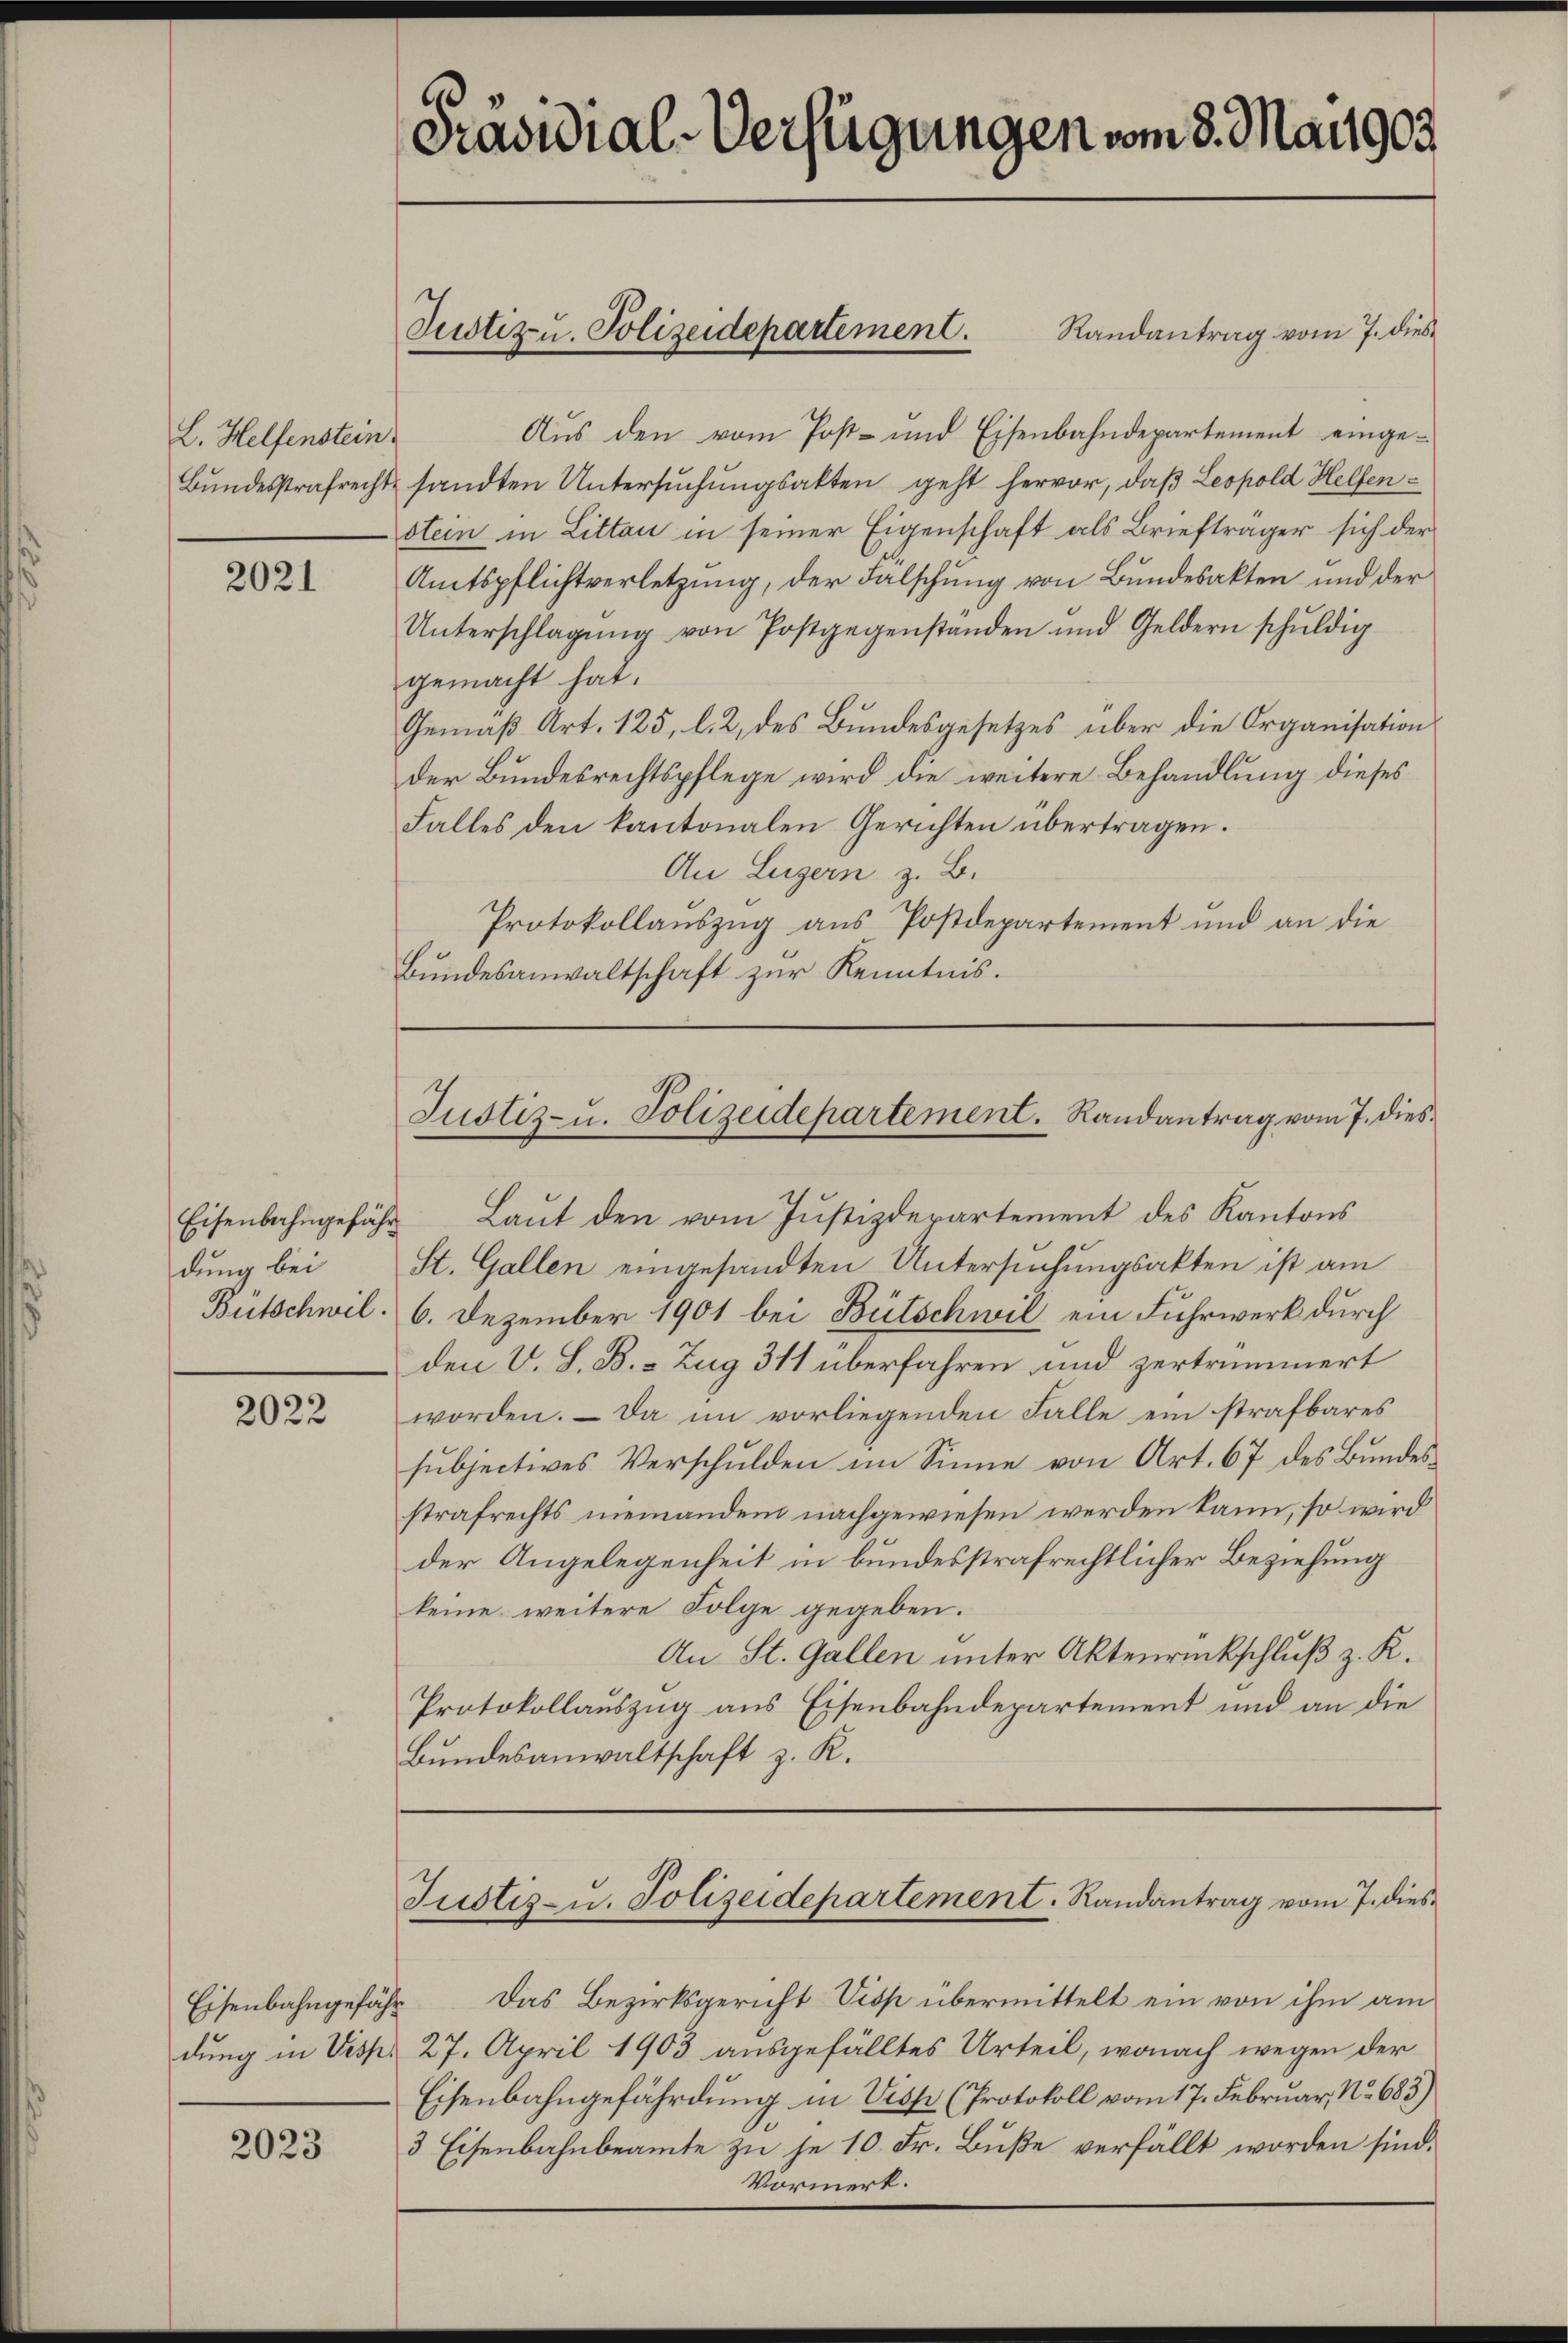
L. Helfenstein.

2021

dung bei

2022

Eisenbahngefähr

2023

Aŭs den vom Post- und Eisenbahndepartement einge¬
Bŭndesstrafrecht sandten Untersŭchŭngsakten geht hervor, daβ Leopold Helfen-
stein in Littau in seiner Eigenschaft als Briefträger sich der
Amtspflichtverletzung, der Falschung von Bundesakten und der
Unterschlagung von Postgegenstanden und Geldern schŭldig
gemacht hat.
Gemäß Art. 125, l. 2, des Bundesgesetzes über die Organisation
der Bundesrechtspflege wird die weitere Behandlung dieses
Falles den kantonalen Gerichten übertragen.
An Luzern z. B.
Protokollauszug aus Postdepartement und an die
Bundesanwaltschaft zur Kenntnis.

Präsidial-Verfügungen vom 3. Mai 1903.

Justiz u. Polizeidepartement. Randantrag vom 7. dies

Justiz- u. Polizeidepartement. Randantrag vom 7. dies¬

Eisenbahngefähr Laŭt den vom Jŭstizdepartement des Kantons
St. Gallen eingesandten Untersuchungsakten ist am
Butschwil 6. Dezember 1901 bei Bütschwil ein Fuhrwerk durch
den V. S. B. - Zug 311 überfahren und zertrümmert
worden. – Da im vorliegenden Falle ein strafbares
subjectives Verschulden im Sinne von Art. 67 des Bundesstrafrechts niemandem nachgewiesen werden kann, so wird
der Angelegenheit in bundesstrafrechtlicher Beziehung
keine weitere Folge gegeben.
An St. Gallen unter Aktenrückschluß z. K.
Protokollauszug aus Eisenbahndepartement und an die
Bundesanwaltschaft z. R.

Justiz- u. Polizeidepartement. Randantrag vom 7. dies

Das Bezirksgericht Visp übermittelt ein von ihm am
dung in Visp. 27. April 1903 ausgefälltes Urteil, wonach wegen der
Eisenbahngefährdung in Visp (Protokoll vom 17. Februar, No 683)
3 Eisenbahnbeamte zu je 10. Fr. Buße verfällt worden sind.
Vormerk.